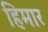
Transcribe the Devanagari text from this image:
हिमार